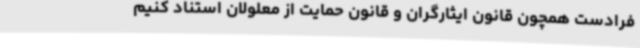
فرادست همچون قانون ایثارگران و قانون حمایت از معلولان استناد کنیم